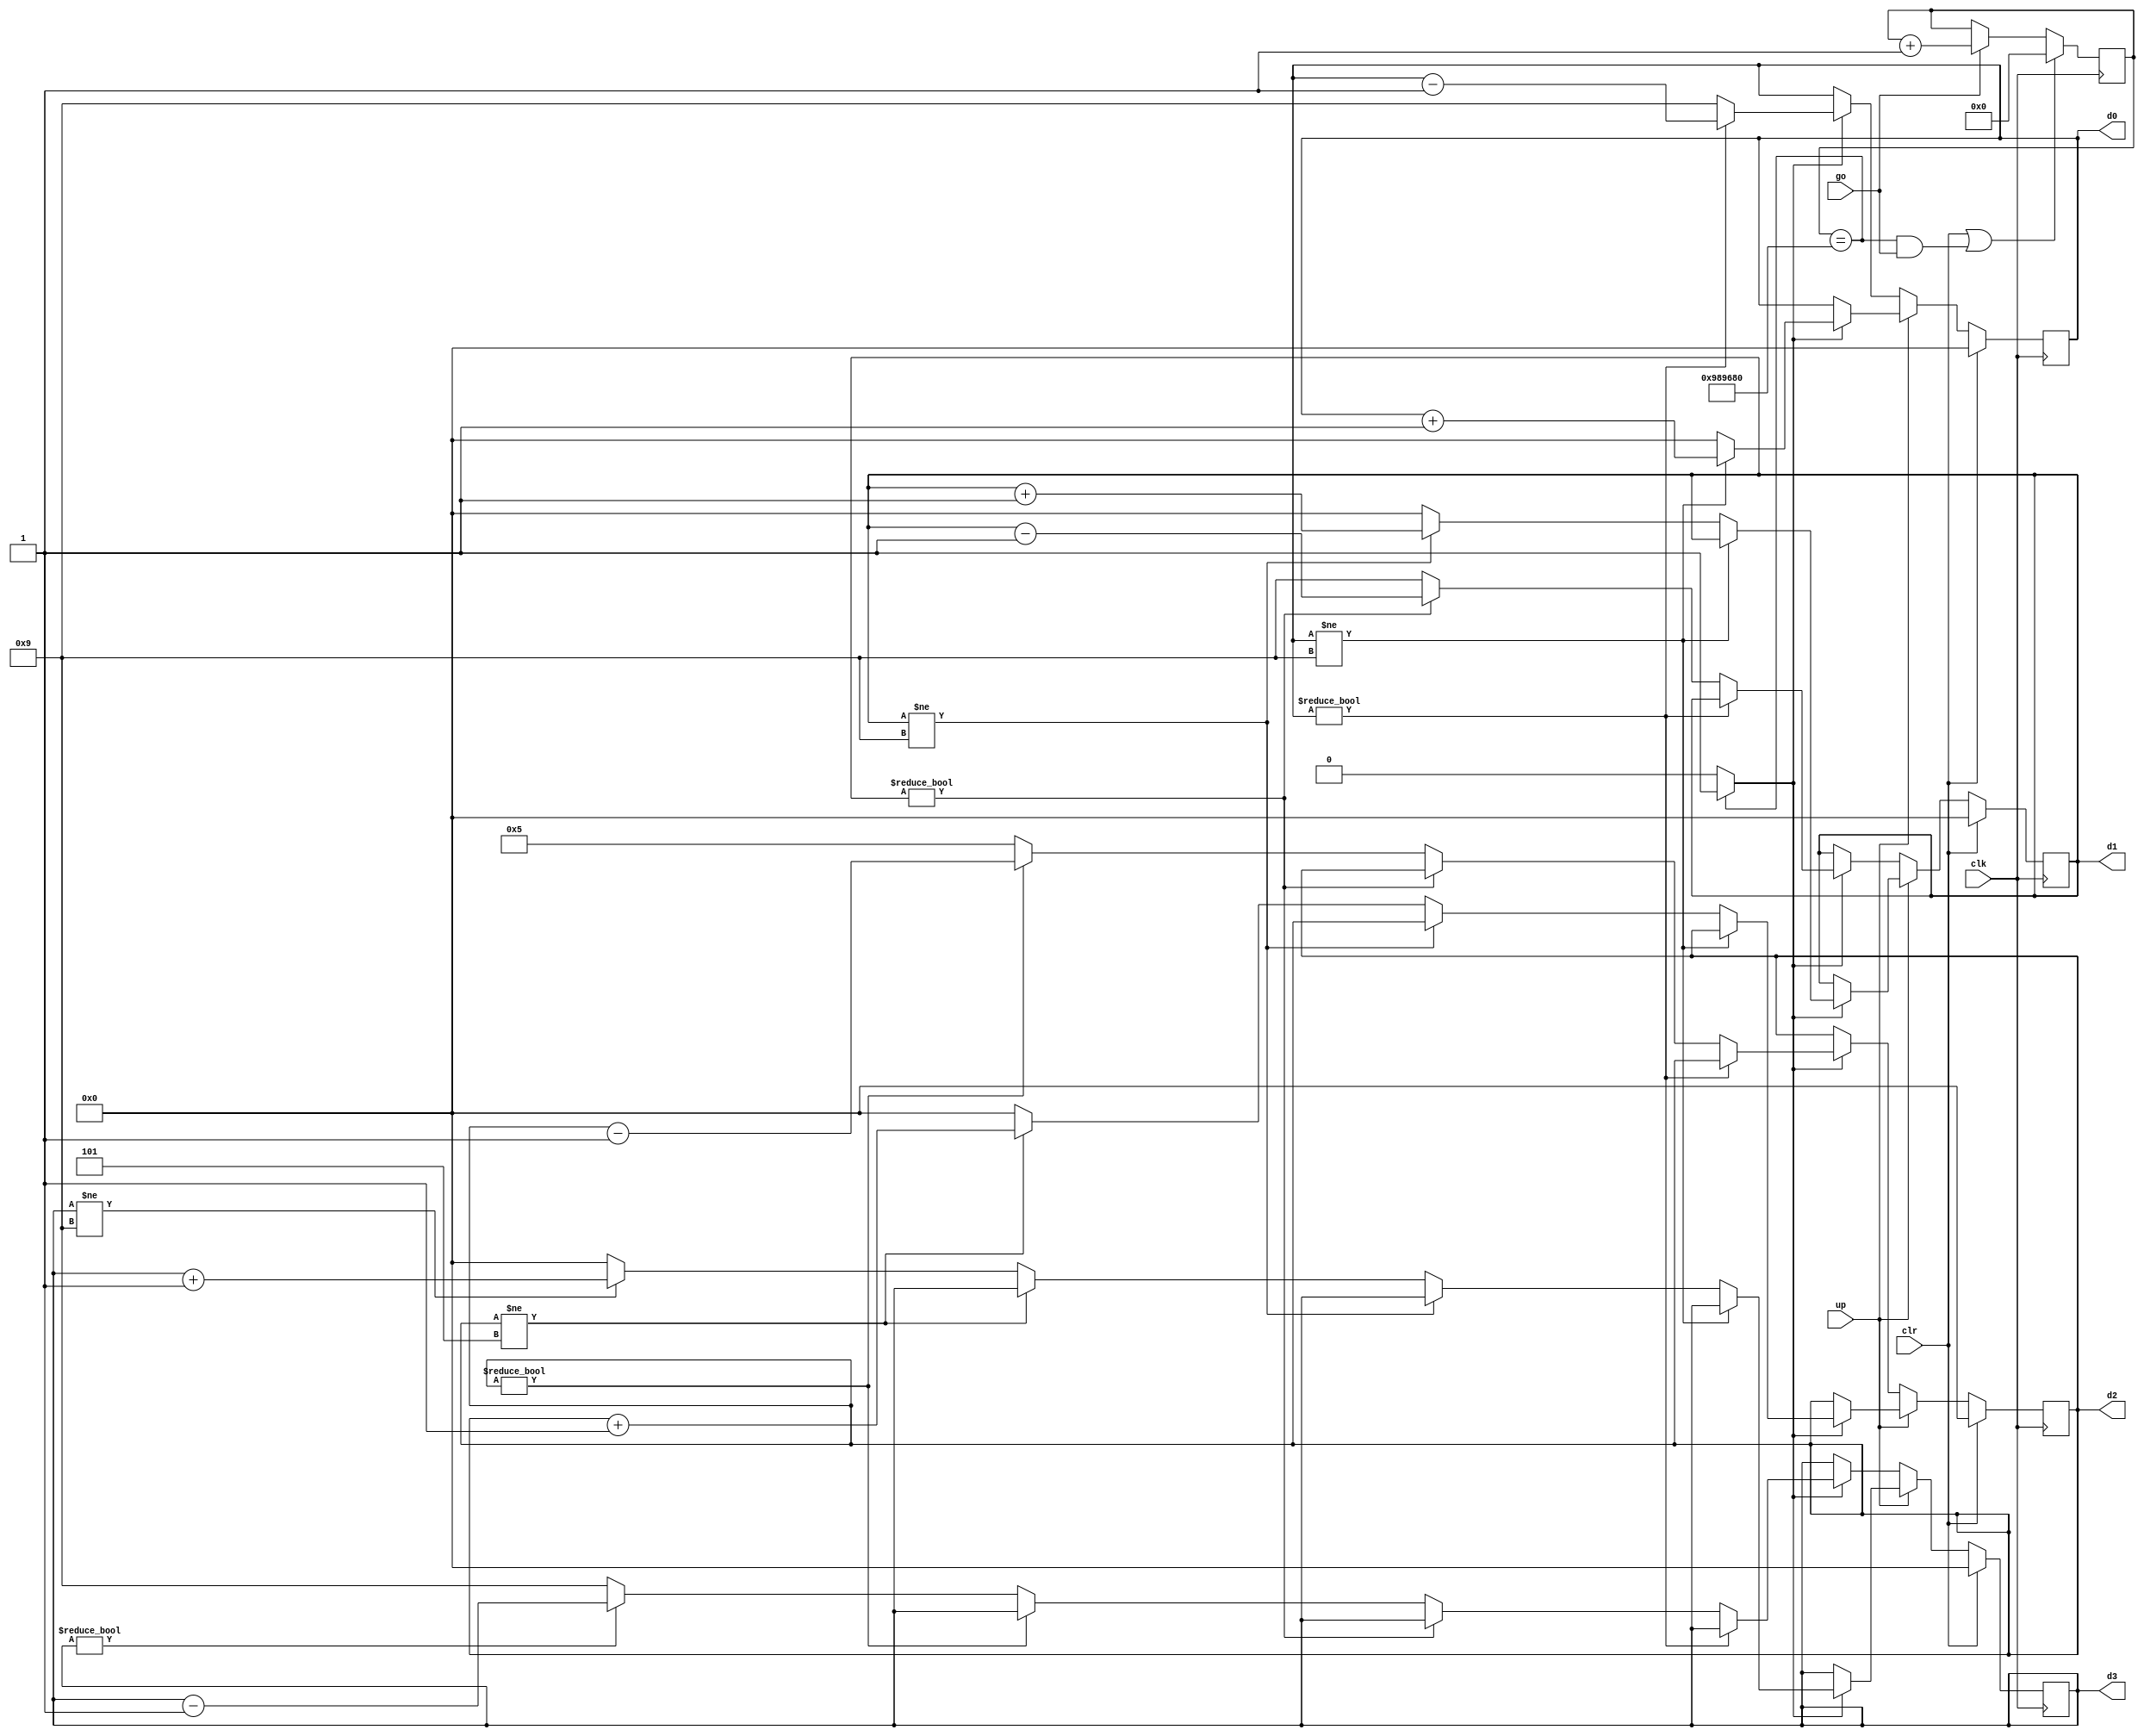
//Thomas Kelly, 16323455 
module stop_watch_if
   (
    input wire clk,
    input wire go, clr,up, //added input 'up' switch. 
    output wire [3:0] d3, d2, d1, d0 // added minute digit, 4 digits  
   );

   // declaration
   localparam  DVSR = 10000000;
   reg [23:0] ms_reg;
   wire [23:0] ms_next;
   reg [3:0] d3_reg, d2_reg, d1_reg, d0_reg;//added reg's for minute digit 
   reg [3:0] d3_next, d2_next, d1_next, d0_next;
   wire ms_tick;

   // body
   // register
   always @(posedge clk)
   begin
      ms_reg <= ms_next; //move _reg to next value 
      d3_reg <= d3_next; //(minute digit)
      d2_reg <= d2_next;
      d1_reg <= d1_next;
      d0_reg <= d0_next;
   end

   // next-state logic
   // 0.1 sec tick generator: mod-5000000
   assign ms_next = (clr || (ms_reg==DVSR && go)) ? 4'b0 : // if(clr == high OR ms_reg == DVSR AND go == true) -then-> ms_next = 0; 
                    (go) ? ms_reg + 1 : //else if go == high -> ms_reg++ 
                           ms_reg; //else next = ms_reg 
   assign ms_tick = (ms_reg==DVSR) ? 1'b1 : 1'b0; //if(ms_reg == DVSR) -> ms_tick = 1; otherwise ms_tick = 0; 
   // 3-digit bcd counter
   always @*
   begin
      // default: keep the previous value
      d0_next = d0_reg;
      d1_next = d1_reg;
      d2_next = d2_reg;
      d3_next = d3_reg; //added for minute digit 
      if (clr) //if clr is high 
         begin //reset all to zero if clr is pressed 
            d0_next = 4'b0;
            d1_next = 4'b0;
            d2_next = 4'b0;
            d3_next = 4'b0; 
            //d0 = 1'b0; 
            //d1 = 1'b0; 
            //d2 = 1'b0; 
            //d3 = 1'b0; 
         end
       //INCREMENT
       else if (up) //if switch is selected to increment up==high
        begin //1
          if (ms_tick) //sample 
             if (d0_reg != 9) //if d0_reg != 9 
                d0_next = d0_reg + 1; //increment next 
             else              // reach XX9
                begin//2
                   d0_next = 4'b0;
                   if (d1_reg != 9)
                      d1_next = d1_reg + 1;
                   else       // reach X99
                      begin//3
                         d1_next = 4'b0;
                         if (d2_reg != 5)
                            d2_next = d2_reg + 1;
                         else // reach 59.9
                            begin //4
                                d2_next = 4'b0;//set seconds back to zero - loop back around 
                                if(d3_reg != 9) 
                                    d3_next = d3_reg + 1; //increment minute digit 
                                else 
                                    d3_next = 4'b0; //reset to 0.00.0, i.e. reach 9.59.9
                            end //4
                      end//3
                end//2
             end//1
                //DECREMENT
           else //'up' switch is set to LOW, so when 'go' button is pressed stopwatch will decrement 
            begin //1
            if(ms_tick)
              if (d0_reg != 0) //if d0_reg != 0
                d0_next = d0_reg - 1; //decrement next 
             else              // reach XX.0
                begin //2 
                   d0_next = 4'b1001; //set XX.9
                   if (d1_reg != 0)
                      d1_next = d1_reg - 1;
                   else       // reach X0.0
                      begin //3
                         d1_next = 4'b1001;//set X9.9 
                         if (d2_reg != 0)
                            d2_next = d2_reg - 1;
                         else // reach X.09.9
                            begin //4
                                d2_next = 4'b0101;//set 59.9 
                                if(d3_reg != 0) //reach 
                                    d3_next = d3_reg - 1; //increment minute digit 
                                else 
                                    d3_next = 4'b1001; //reset to 9.59.9 if we decrement below zero, wrap around 
                            end //4
                      end //3
                end //2
            end //1
      end //end always statement 
   // output logic
   assign d0 = d0_reg;
   assign d1 = d1_reg;
   assign d2 = d2_reg;
   assign d3 = d3_reg; //assign the output digits 

endmodule